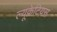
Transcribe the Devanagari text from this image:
ल्यूक्रेटियस